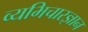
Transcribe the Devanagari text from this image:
व्यभिचारज्ञान